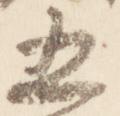
五